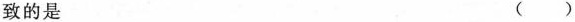
致的是 ()